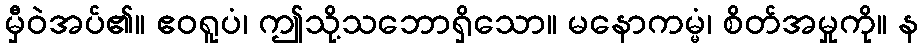
မှီဝဲအပ်၏။ ဧဝရူပံ၊ ဤသို့သဘောရှိသော။ မနောကမ္မံ၊ စိတ်အမှုကို။ န